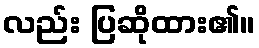
လည်း ပြဆိုထား၏။